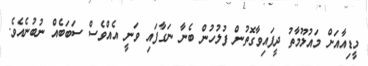
މީޑިއާއަށް މައުލޫމާތު ދީފައިވާގޮތުން ފުލުހުން ބެނާ ނަގާފައި ވަނީ އެއްވެސް ސަބަބެއް ނުބުނެއެވެ.